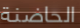
الحاضنة